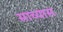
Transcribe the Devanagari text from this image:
साच्यास